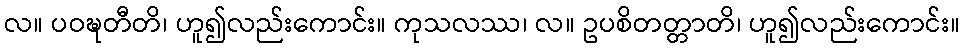
လ။ ပဝဍ္ဎတီတိ၊ ဟူ၍လည်းကောင်း။ ကုသလဿ၊ လ။ ဥပစိတတ္တာတိ၊ ဟူ၍လည်းကောင်း။